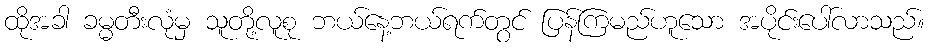
ထိုအခါ ခမ္မတီးလုံမှ သူတို့လူစု ဘယ်နေ့ဘယ်ရက်တွင် ပြန်ကြမည်ဟူသော အပိုင်းပေါ်လာသည်။